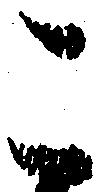
こ